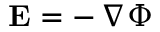
{ \bf E } = - \, \nabla \Phi